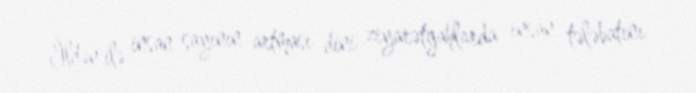
İldən ilə insan sayının artması dini ziyarətgahlarda insan tələbatını